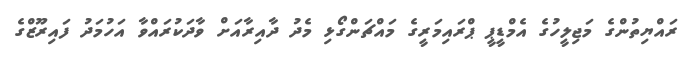
ރައްޔިތުންގެ މަޖިލީހުގެ އެމްޑީޕީ ޕްރައިމަރީގެ މައްޗަންގޯޅި މެދު ދާއިރާއަށް ވާދަކުރައްވާ އަހުމަދު ފައިރޫޒްގެ